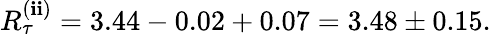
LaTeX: R_{\tau}^{(\mathbf{i}\mathbf{i})}=3.44-0.02+0.07=3.48\pm0.15.